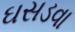
ઘસડવા